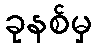
ခုနစ်မှ